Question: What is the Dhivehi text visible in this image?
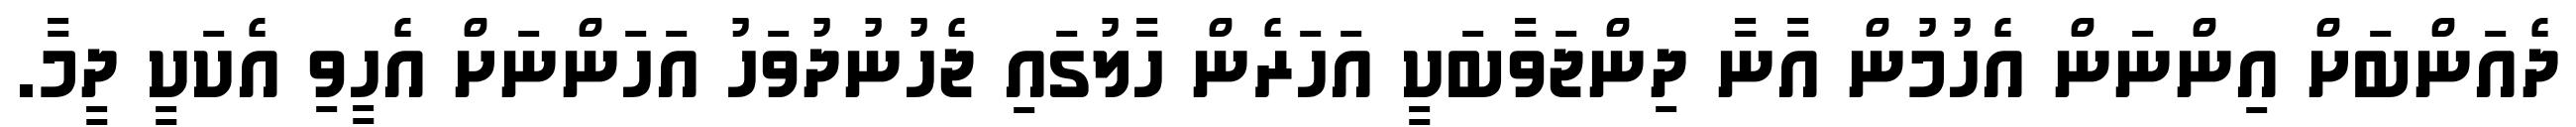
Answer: ދެއަންބަށް އިންނަން އެހުމުން އާނާ ދިންޖަވާބަކީ އަހަރެން ހާލުގައި ޖެހުނުދުވަހު އަހަންނަށް އެހީވި އެކަކީ ދީމާ.